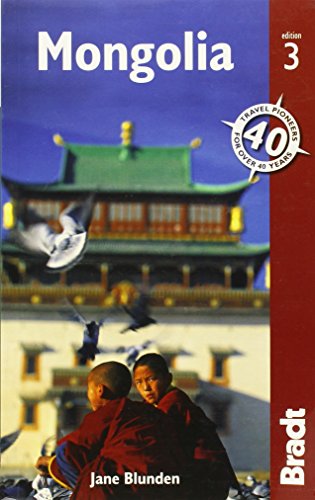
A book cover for Mongolia (Bradt Travel Guides); Jane Blunden; Travel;